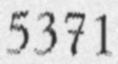
5371